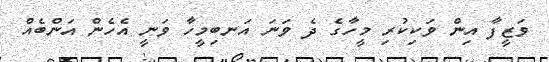
ވަޒީފާ އިން ވަކިކުރި މީހާގެ ދެ ވަނަ އަނބިމީހާ ވަނީ އެހެން އަންބެއް